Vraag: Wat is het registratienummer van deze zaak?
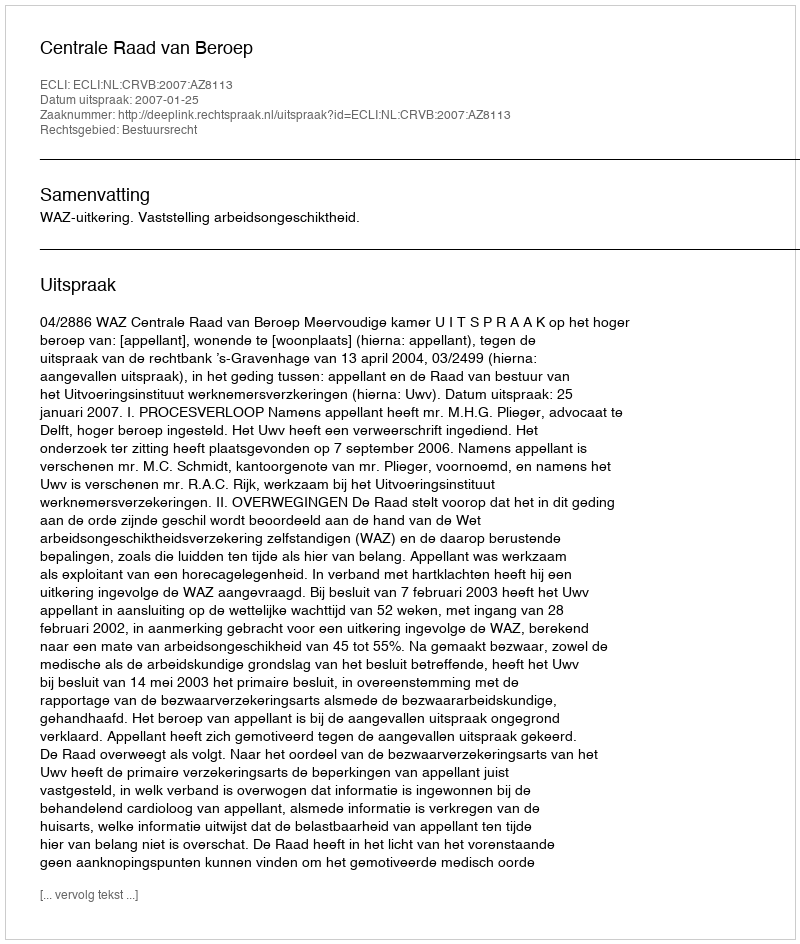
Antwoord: http://deeplink.rechtspraak.nl/uitspraak?id=ECLI:NL:CRVB:2007:AZ8113